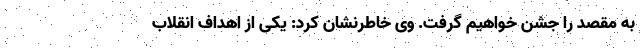
به مقصد را جشن خواهیم گرفت. وی خاطرنشان کرد: یکی از اهداف انقلاب